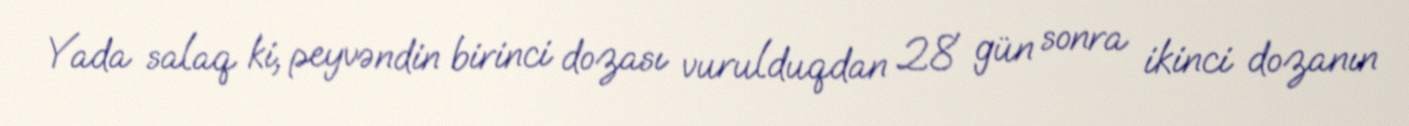
Yada salaq ki, peyvəndin birinci dozası vurulduqdan 28 gün sonra ikinci dozanın